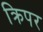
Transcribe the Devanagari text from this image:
क्रिपर